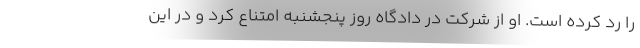
را رد کرده است. او از شرکت در دادگاه روز پنجشنبه امتناع کرد و در این